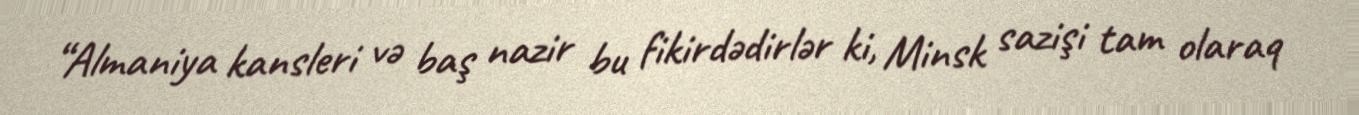
“Almaniya kansleri və baş nazir bu fikirdədirlər ki, Minsk sazişi tam olaraq